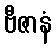
ဗီဇာနံ